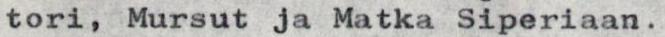
tori, Mursut ja Matka Siperiaan.